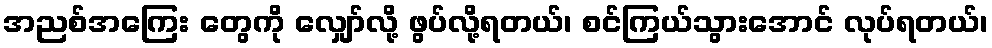
အညစ်အကြေး တွေကို လျှော်လို့ ဖွပ်လို့ရတယ်၊ စင်ကြယ်သွားအောင် လုပ်ရတယ်၊